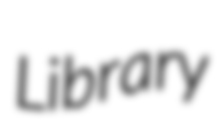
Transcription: Library